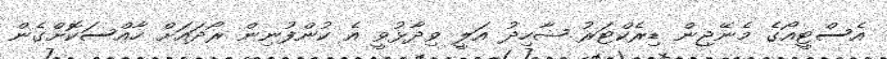
އެސްޓީއޯގެ މެނޭޖިން ޑިރެކްޓަރު ޝާހިދު އަލީ ވިދާޅުވީ އެ ކުންފުނިން ރޯދައަށް ހާއްސަކޮށްގެން